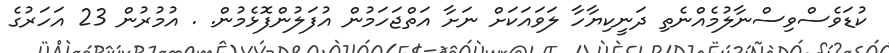
ކުޑަވެސްވިސްނާލުމެއްނެތި ދަނީކިޔާހާ ލަވައަކަށް ނަށާ އަތްޖަހަމުން އުފަލުންފޮޅެމުން. . އުމުރުން 23 އަހަރުގެ